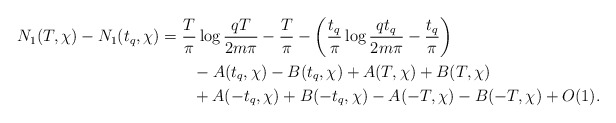
\begin{align*}N_1(T,\chi) - N_1(t_q,\chi) &= \frac{T}{\pi} \log{\frac{qT}{2m\pi}} - \frac{T}{\pi}- \left( \frac{t_q}{\pi} \log{\frac{qt_q}{2m\pi}} - \frac{t_q}{\pi} \right) \\&\quad\quad- A(t_q,\chi) - B(t_q,\chi) + A(T,\chi) + B(T,\chi) \\&\quad\quad+ A(-t_q,\chi) + B(-t_q,\chi) - A(-T,\chi) - B(-T,\chi) + O(1).\end{align*}